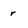
Character: r